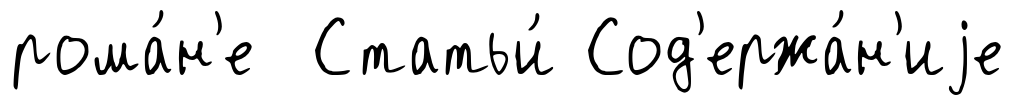
рома́н'е Статьи́ Сод'ержа́н'иjе